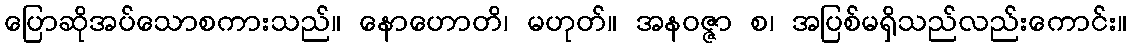
ပြောဆိုအပ်သောစကားသည်။ နောဟောတိ၊ မဟုတ်။ အနဝဇ္ဇာ စ၊ အပြစ်မရှိသည်လည်းကောင်း။